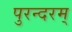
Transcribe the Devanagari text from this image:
पुरन्दरम्